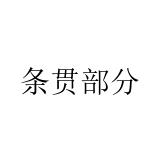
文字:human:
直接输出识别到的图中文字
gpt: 条贯部分